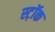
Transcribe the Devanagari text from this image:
स्ट़ॉक